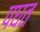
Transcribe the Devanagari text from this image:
पघत